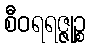
စီဝရရဇ္ဇုဉ္စ